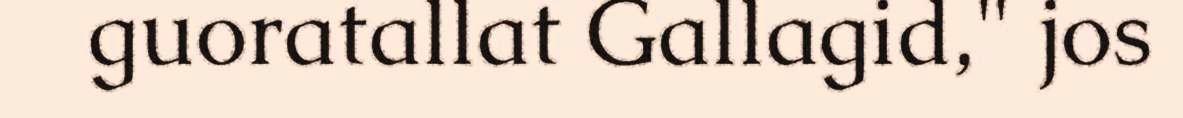
guoratallat Gallagid," jos